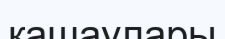
қашаулары